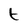
Character: t